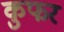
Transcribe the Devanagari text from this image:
कुफर